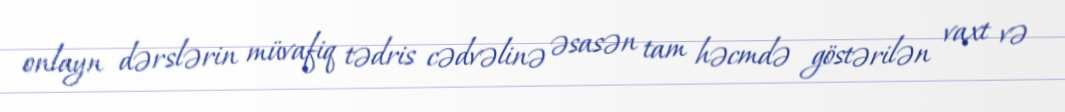
onlayn dərslərin müvafiq tədris cədvəlinə əsasən tam həcmdə göstərilən vaxt və